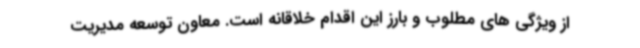
از ویژگی های مطلوب و بارز این اقدام خلاقانه است. معاون توسعه مدیریت